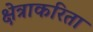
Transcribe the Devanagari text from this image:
क्षेत्राकरिता